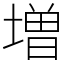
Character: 増